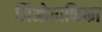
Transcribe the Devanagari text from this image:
जिओग्राफिका